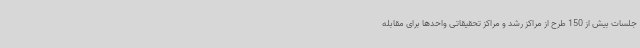
جلسات بیش از 150 طرح از مراکز رشد و مراکز تحقیقاتی واحدها برای مقابله